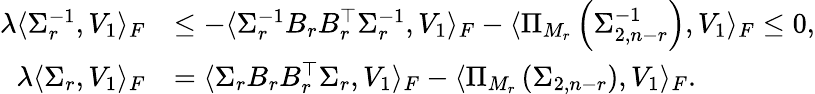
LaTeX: \begin{array}{rl}{\lambda\langle\Sigma_{r}^{-1},V_{1}\rangle_{F}}&{\le-\langle\Sigma_{r}^{-1}B_{r}B_{r}^{\top}\Sigma_{r}^{-1},V_{1}\rangle_{F}-\langle\Pi_{M_{r}}\left(\Sigma_{2,n-r}^{-1}\right),V_{1}\rangle_{F}\le 0,}\\ {\lambda\langle\Sigma_{r},V_{1}\rangle_{F}}&{=\langle\Sigma_{r}B_{r}B_{r}^{\top}\Sigma_{r},V_{1}\rangle_{F}-\langle\Pi_{M_{r}}\left(\Sigma_{2,n-r}\right),V_{1}\rangle_{F}.}\end{array}